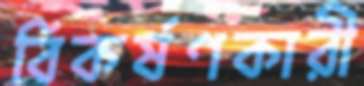
বিকর্ষণকারী